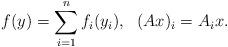
LaTeX: \begin{align*} f(y) = \sum_{i=1}^n f_i(y_i), \ \ (Ax)_i = A_i x.\end{align*}